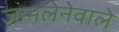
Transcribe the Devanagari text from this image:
जन्मलेनेवाले